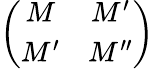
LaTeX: \left(\begin{array}{cc}{{M}}&{{M^{\prime}}}\\ {{M^{\prime}}}&{{M^{\prime\prime}}}\end{array}\right)